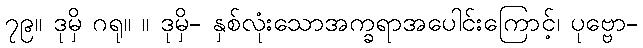
၇၉။ ဒုမှိ ဂရု။ ။ ဒုမှိ- နှစ်လုံးသောအက္ခရာအပေါင်းကြောင့်၊ ပုဗ္ဗော-